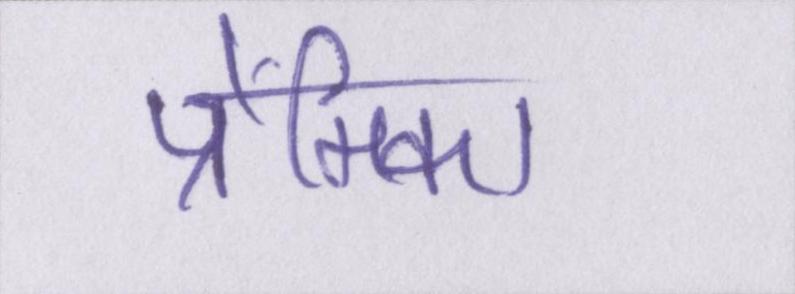
प्रेमिका